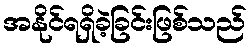
အနိုင်ရရှိခဲ့ခြင်းဖြစ်သည်